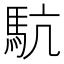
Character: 䭺